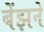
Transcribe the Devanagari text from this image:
बेंझने